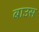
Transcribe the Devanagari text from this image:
बाउस